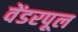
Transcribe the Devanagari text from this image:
वेंडरपूल